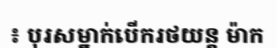
៖ បុរសម្នាក់បើករថយន្ត ម៉ាក